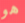
هو